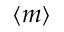
\langle m \rangle